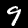
Label: 9